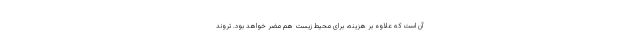
آن است که علاوه بر هزینه، برای محیط زیست هم مضر خواهد بود. تروند